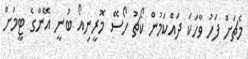
މެޗަށް ފަހު ވާހަކަ ދައްކަމުން ކޯޗު ހޯސޭ މޮރީނިއޯ ބުނީ އޭނާގެ ޓީމަށް